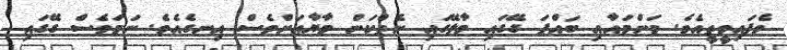
ވެފައިވީތީއެވެ. މަންމައާއި ބައްޕަ ގޭގައި މާލޭގައި ނެތްކަން މާޔާއަށްވެސް އިނގެއެވެ. ނަމަވެސް ގޭގައި